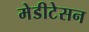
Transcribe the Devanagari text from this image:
मेडीटेसन